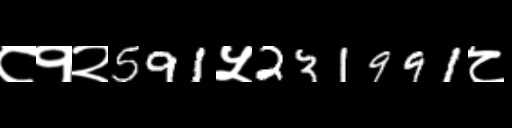
Text: ८१२591५231991८